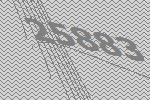
25883